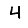
Digit: 4